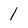
Character: 1